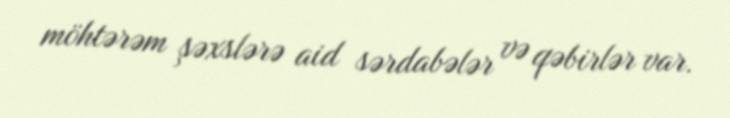
möhtərəm şəxslərə aid sərdabələr və qəbirlər var.